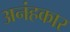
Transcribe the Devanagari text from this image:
अनंहकार